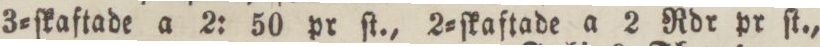
3=ſkaftade a 2: 50 pr ſt., 2=ſkaftade a 2 Rdr pr ſt.,